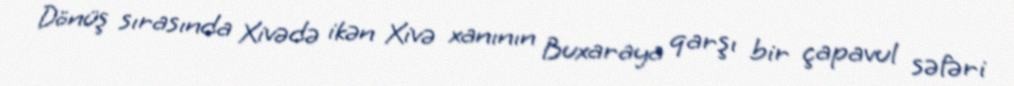
Dönüş sırasında Xivədə ikən Xivə xanının Buxaraya qarşı bir çapavul səfəri